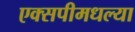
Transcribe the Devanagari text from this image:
एक्सपीमधल्या